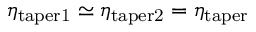
\eta _ { \mathrm { t a p e r 1 } } \simeq \eta _ { \mathrm { t a p e r 2 } } = \eta _ { \mathrm { t a p e r } }